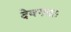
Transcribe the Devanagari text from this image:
देवगणाः